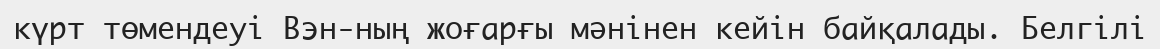
күрт төмендеуі Вэн-ның жоғарғы мәнінен кейін байқалады. Белгілі